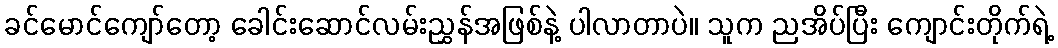
ခင်မောင်ကျော်တော့ ခေါင်းဆောင်လမ်းညွှန်အဖြစ်နဲ့ ပါလာတာပဲ။ သူက ညအိပ်ပြီး ကျောင်းတိုက်ရဲ့